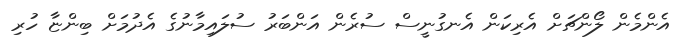
އެންމެން ލޯންޗަށް އެރިކަން އެނގުނީސް ސުރެން އަންބަރު ސުލައިމާނުގެ އެދުމަށް ބިންޏާ ހުރި